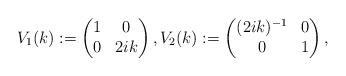
LaTeX: \begin{align*}V_1(k):=\begin{pmatrix}1 & 0 \\0 & 2ik\end{pmatrix},V_2(k):=\begin{pmatrix}(2ik)^{-1} & 0 \\0 & 1\end{pmatrix},\end{align*}